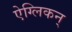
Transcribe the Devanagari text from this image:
ऐग्लिकन्